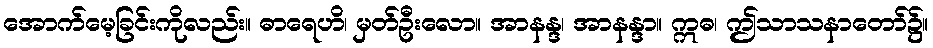
အောက်မေ့ခြင်းကိုလည်း။ ဓာရေဟိ၊ မှတ်ဦးလော။ အာနန္ဒ၊ အာနန္ဒာ။ ဣဓ၊ ဤသာသနာတော်၌။